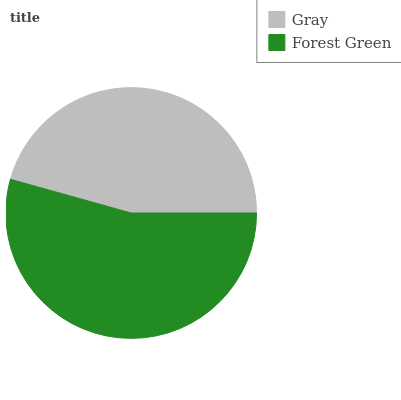
| Gray | Forest Green |
 | --- | --- |
 | 45.7% | 54.3% |